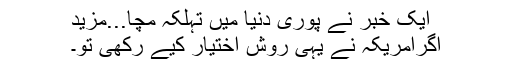
ایک خبر نے پوری دنیا میں تہلکہ مچا...مزید
اگرامریکہ نے یہی روش اختیار کیے رکھی تو۔